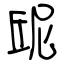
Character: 屔